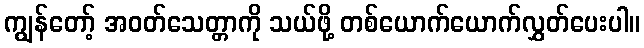
ကျွန်တော့် အဝတ်သေတ္တာကို သယ်ဖို့ တစ်ယောက်ယောက်လွှတ်ပေးပါ။